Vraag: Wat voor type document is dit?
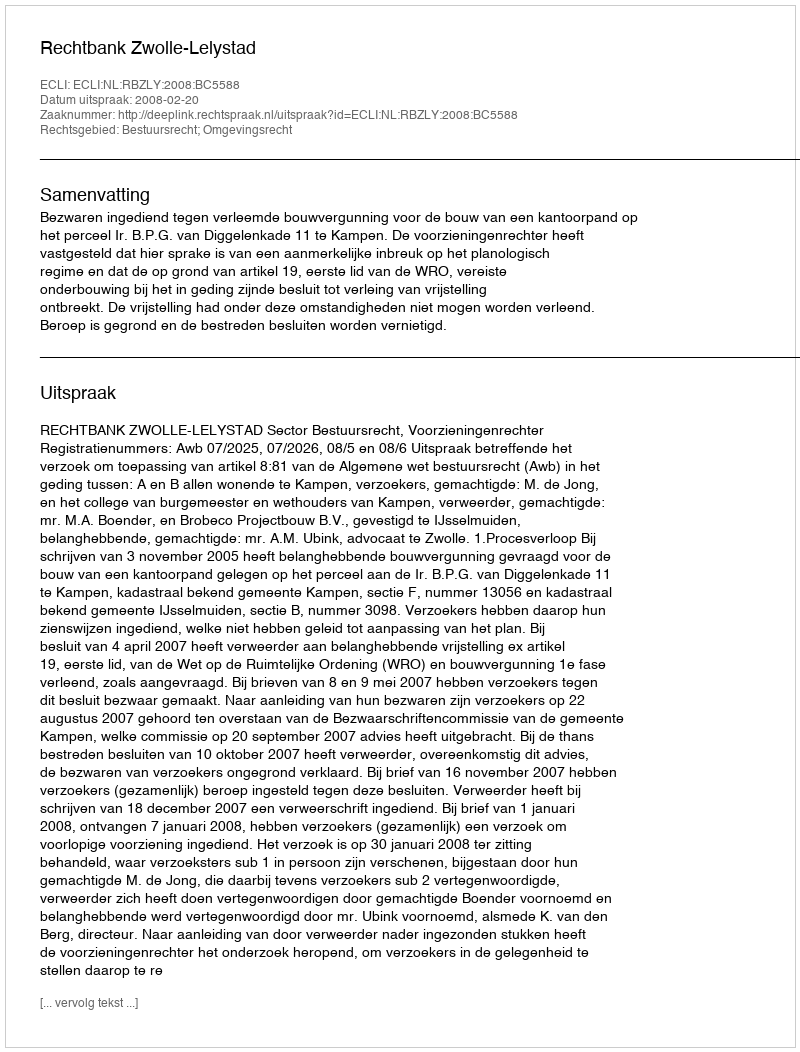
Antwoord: Uitspraak